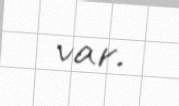
var.